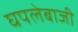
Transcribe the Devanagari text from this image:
घपलेबाजी